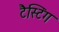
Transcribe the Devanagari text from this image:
टैस्टिंग